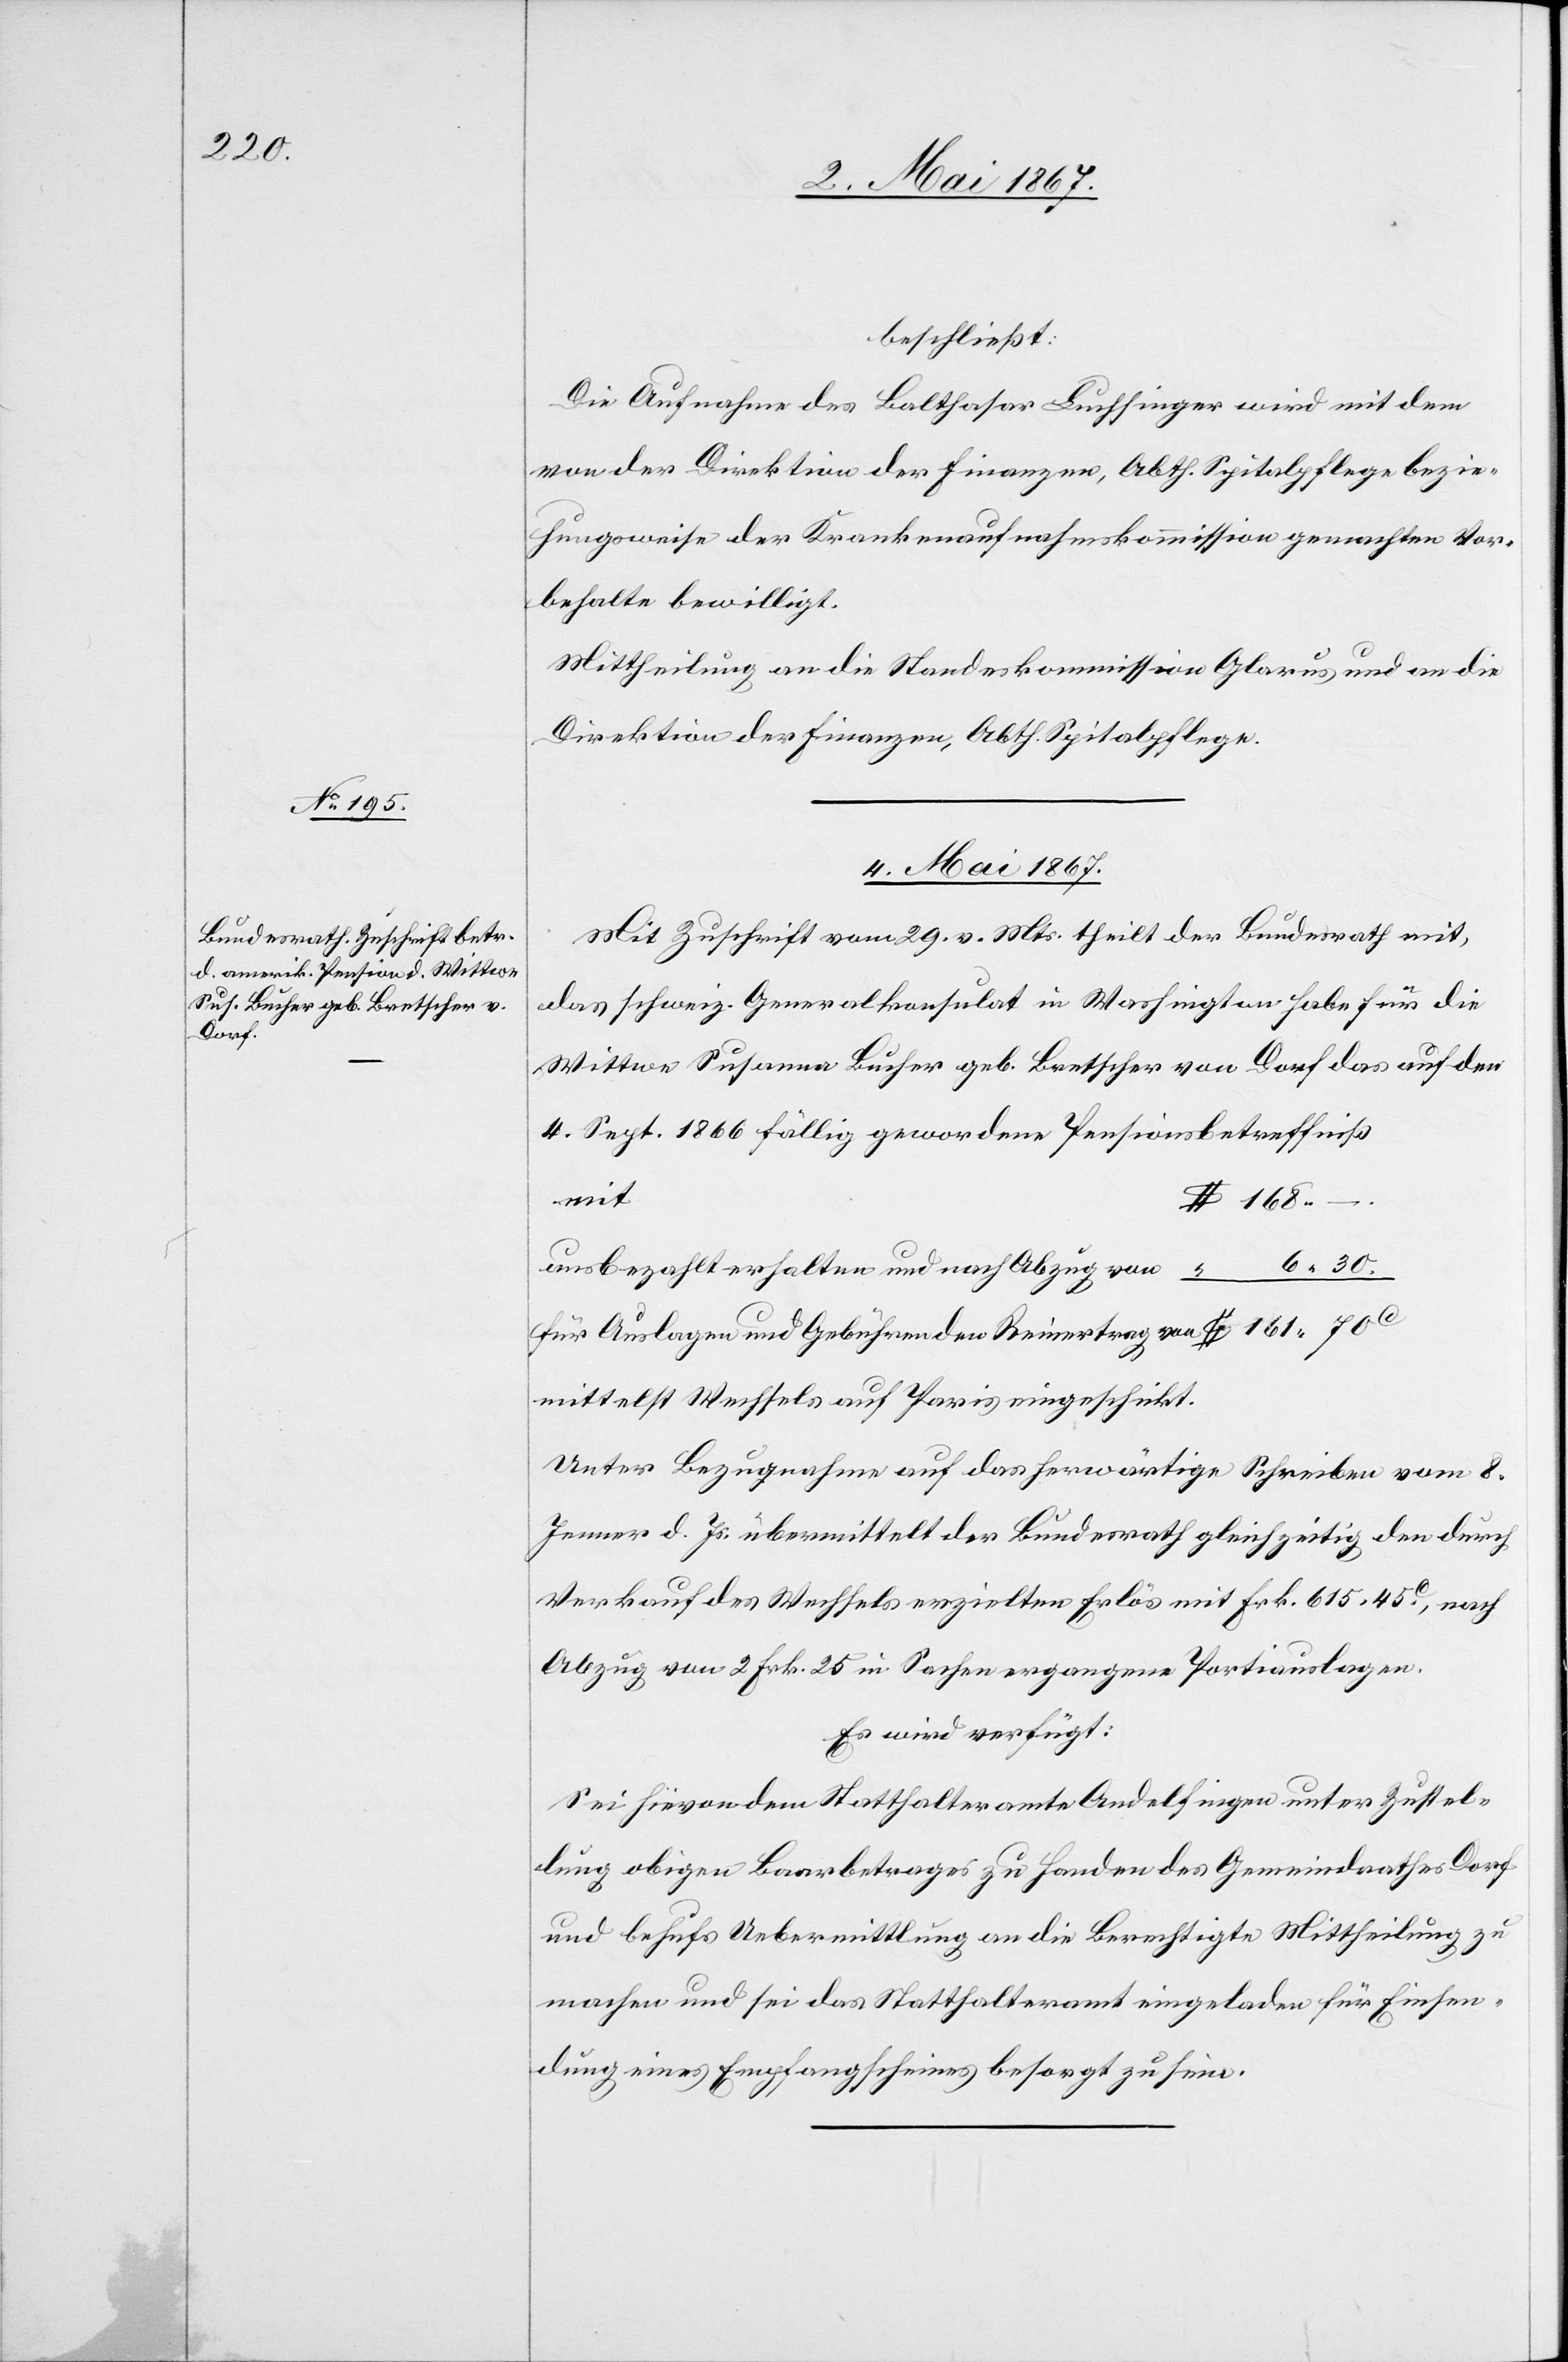
beschließt:
Die Aufnahme des Balthasar Luchsinger wird mit dem
von der Direktion der Finanzen, Abth. Spitalpflege bezie¬
hungsweise der Krankenaufnahmskommission gemachten Vor¬
behalte bewilligt.
Mittheilung an die Standeskommission Glarus und an die
Direktion der Finanzen, Abth. Spitalpflege.
4. Mai 1867.
Mit Zuschrift vom 29. v. Mts. theilt der Bundesrath mit,
das schweiz. Generalkonsulat in Washington habe für die
Wittwe Susanna Bucher geb. Bertscher von Dorf das auf den
4. Sept. 1866 fällig gewordene Pensionsbetreffniß
–.
6. 30.
ausbezahlt erhalten und nach Abzug von		“
für Auslagen und Gebühren den Reinertrag von	$	161. 70c
mittelst Wechsels auf Paris eingeschickt.
Unter Bezugnahme auf das herwärtige Schreiben vom 8.
Jenner d. Js. übermittelt der Bundesrath gleichzeitig den durch
Verkauf des Wechsels erzielten Erlös mit Frk. 615. 45c, nach
Abzug von 2. Frk. 25 in Sachen ergangene Portiauslagen.
Es wird verfügt:
Sei hievon dem Statthalteramte Andelfingen unter Zustel¬
lung obigen Baarbetrages zu Handen des Gemeindrathes Dorf
und behufs Uebermittlung an die Berechtigte Mittheilung zu
machen und sei das Statthalteramt eingeladen für Einsen¬
dung eines Empfangscheines besorgt zu sein.